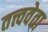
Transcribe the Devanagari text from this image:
तत्त्ववेता